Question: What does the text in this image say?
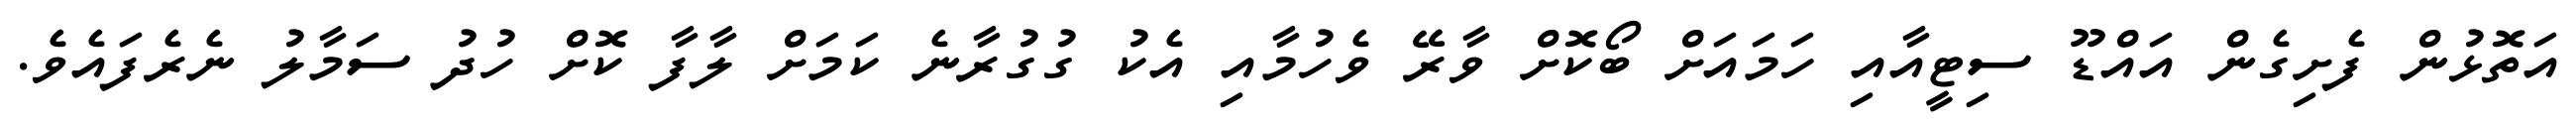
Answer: އަތޮޅުން ފެށިގެން އައްޑޫ ސިޓީއާއި ހަމައަށް ބޯކޮށް ވާރޭ ވެހުމާއި އެކު ގުގުރާނެ ކަމަށް ލާފާ ކޮށް ހުދު ސަމާލު ނެރެފައެވެ.